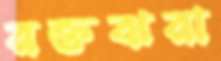
রক্তঝরা